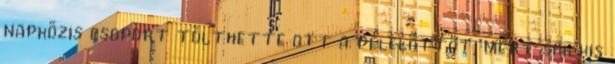
napközis csoport tölthette ott a délelőttöt, mert sok kis